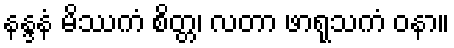
နန္ဒနံ မိဿကံ စိတ္တ၊ လတာ ဖာရုသကံ ဝနာ။